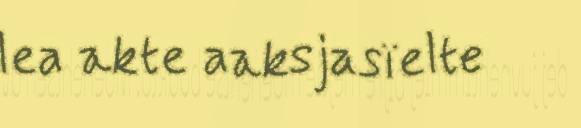
lea akte aaksjasïelte